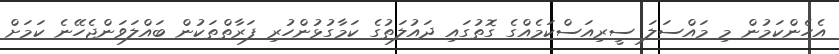
އެހެންކަމުން މި މައްސަލަ ސީރިއަސްކަމެއްގެ ގޮތުގައި ދައުލަތުގެ ކަމާގުޅުންހުރި ފަރާތްތަކުން ބައްލަވަންޖެހޭނެ ކަމަށް